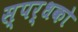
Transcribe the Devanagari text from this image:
स्पर्धको